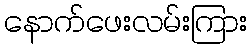
နောက်ဖေးလမ်းကြား